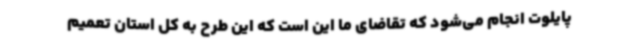
پایلوت انجام می‌شود که تقاضای ما این است که این طرح به کل استان تعمیم